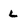
Character: l